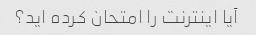
آیا اینترنت را امتحان کرده اید؟